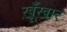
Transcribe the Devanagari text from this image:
ख़ूँख़ार